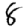
Digit: 8